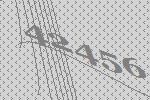
42456